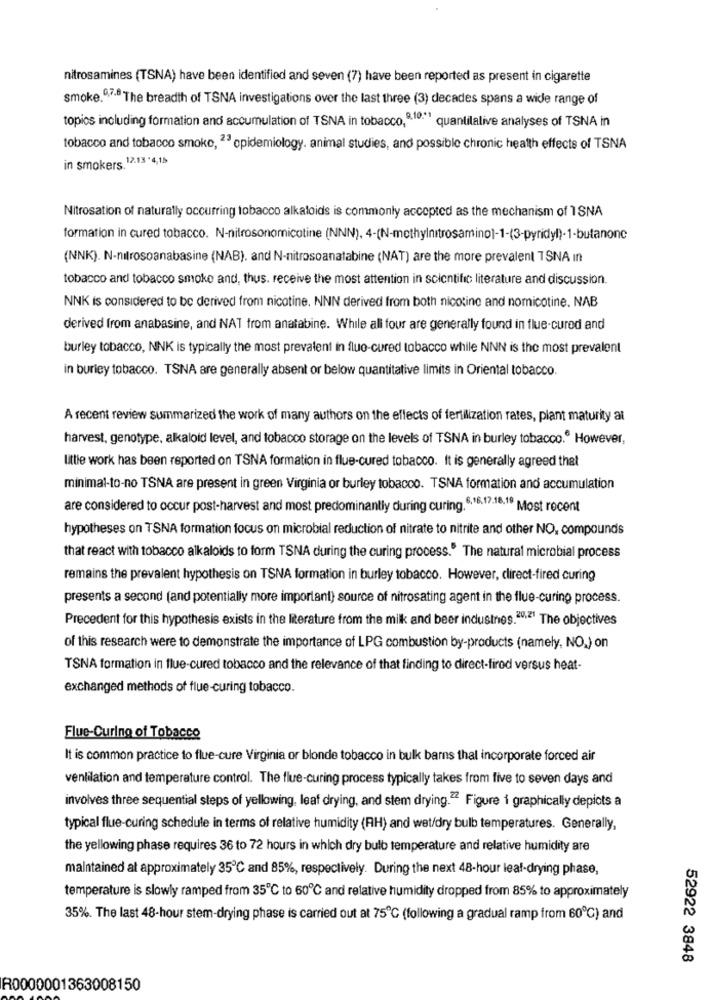
nitrosamines (TSNA) have been identified and seven (7) have been reported as present in cigarette
smoke,9,7-8 The breadth of TSNA investigations over the last three (3) decades spans a wide range of
topics including formation and accumulation of TSNA in tobacco,9.10." quantilalive analyses of TSNA in
tobacco and tobacco smoke, 23 epidemiology. animal studies, and possible chronic health effects of TSNA
in smokers. 12.13 .4,15
Nitrosation of naturally occurring tobacco alkaloids is commonly accepted as the mechanism of ISNA
formation in cured tobacco. N-nitrosonomnicotine (NNN). 4-(N-methylnitrosaminol-1-(3-pyridyl)-1-butanonc
(NNK). N-nitrosoanabasine (NAB). and N-nitrosoanatabine (NAT) are the more prevalent TSNA in
tobacco and tobacco smoke and, thus. receive the most attention in scientific; literature and discussion.
NNK is considered to be derived from nicotine. NNN derived from both nicotine and nomicotine. NAB
derived from anabasine, and NAT from anatabine. While ali four are generally found in flue-cured and
burley tobacco, NNK is typically the most prevalent in fluo-cured tobacco while NNN is the most prevalent
in burley tobacco. TSNA are generally absent or below quantitative limits in Oriental tobacco.
A recent review summarized the work of many authors on the effects of fertilization rates, plant maturity at
harvest, genotype, alkaloid level, and tobacco storage on the levels of TSNA in burley tobacco. However,
little work has been reported on TSNA formation in flue-cured tobacco. It is generally agreed that
minimal-to-no TSNA are present in green Virginia or burley tobacco. TSNA formation and accumulation
are considered to occur post-harvest and most predominantly during curing. 6.16,17.18.19 Most recent
hypotheses on TSNA formation focus on microbial reduction of nitrate to nitrite and other NO, compounds
that react with tobacco alkaloids to form TSNA during the curing process." The natural microbial process
remains the prevalent hypothesis on TSNA formation in burley tobacco. However, direct-fired curing
presents a second (and potentially more important) source of nitrosating agent in the flue-curing process.
Precedent for this hypothesis exists in the literature from the milk and beer industnes.20,21 The objectives
of this research were to demonstrate the importance of LPG combustion by-products (namely, NO.) on
TSNA formation in flue-cured tobacco and the relevance of that finding to direct-firod versus heat-
exchanged methods of flue-curing tobacco.
Flue-Curing of Tobacco
It is common practice to flue-cure Virginia or blonde tobacco in bulk barns thal incorporate forced air
ventilation and temperature control. The flue-curing process typically takes from five to seven days and
involves three sequential steps of yellowing, leaf drying, and stem drying.22 Figure i graphically depicts a
typical flue-curing schedule in terms of relative humidity (RH) and wet/dry bulb temperatures. Generally,
the yellowing phase requires 36 to 72 hours in which dry bulb temperature and relative humidity are
maintained at approximately 35℃ and 85%, respectively. During the next 48-hour leaf-drying phase,
temperature is slowly ramped from 35℃ to 60℃ and relative humidity dropped from 85% to approximately
35%. The last 48-hour stem-drying phase is carried out at 75℃ (following a gradual ramp from 60℃) and
52922 3848
R0000001363008150